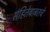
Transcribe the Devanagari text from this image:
संहितेबाबतचे